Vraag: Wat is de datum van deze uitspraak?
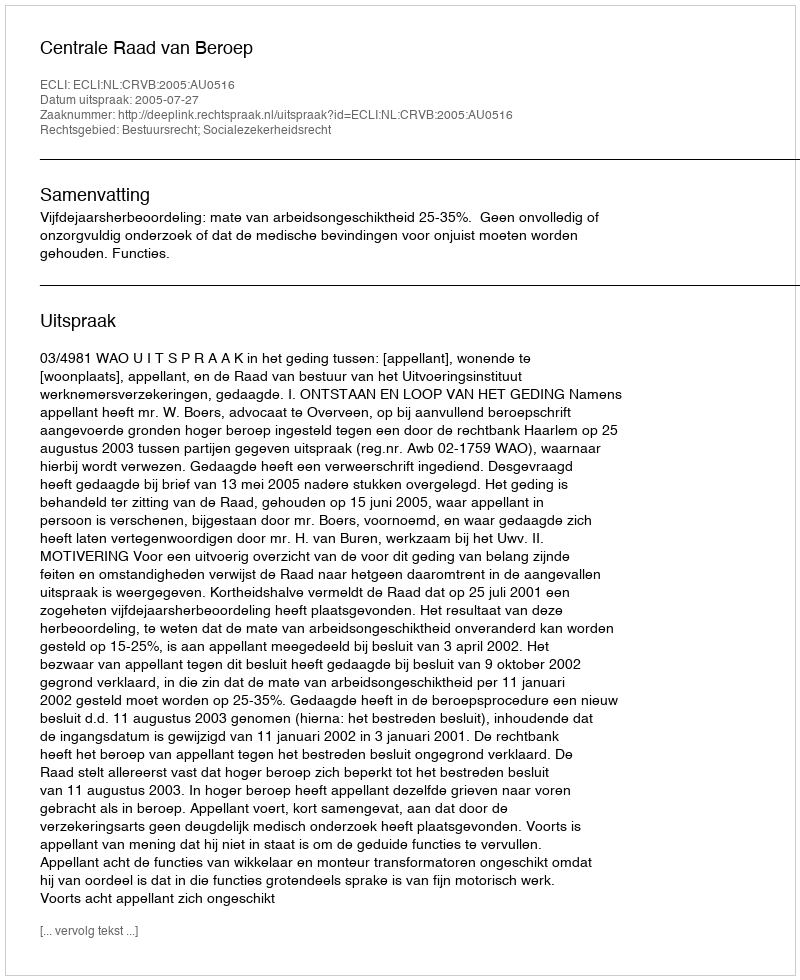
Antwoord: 2005-07-27